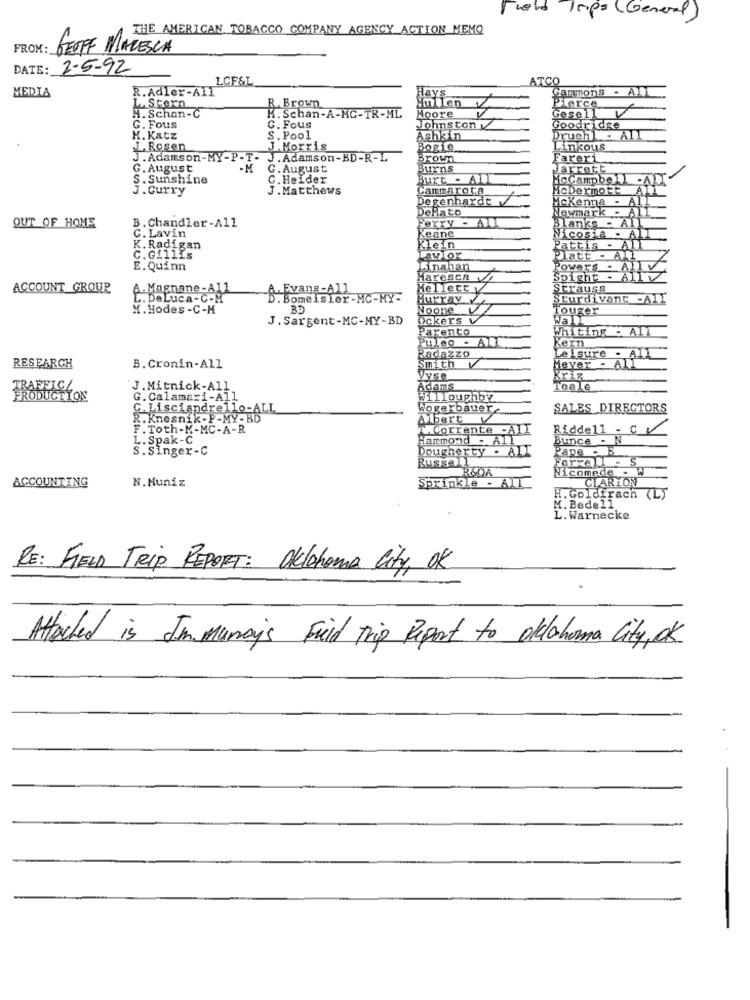
Field Trips (General)
THE AMERICAN TOBACCO COMPANY AGENCY ACTION MEMO
FROM:
GEOFF MARESCA
DATE: 2-5-92
LCF&L
ATCO
MEDIA
R.Adler-All
Gammons - All
L. Storn
R. Brown
Vullen
Pierce
Gesell
H. Schan-C
H. Schan-A-MC-TR-ML
Moore
G. Fous
G. Fous
Johnston
Goodridge
H. Katz
S. Pool
Ashkin
Druch1 - All
J. Rosen
J.Morris
Bogie
Linkous
J. Adamson-MY-P-T - J. Adamson-BD-R-L
Brown
Pareri
G. August
-M G. August
Burns
Jarrett
S. Sunshine
C. Heider
Burt - AB
MCCampbell
J. Curry
J . Matthews
Cammarota
McDermott
AL
Degenhardt
DeMato
Newmark - All
Mckenna - ALL
B. Chandler-All
Ferry - ALL
OUT OF HOME
Keene
Blanks-
AI
C. Lavin
Nicosia . AII
K. Radigan
Klein
Pattis - All
C.Gillis
LawTor
Platt - All
E. Quinn
Linahan
Powers - Al
Maresca
Spight - All
ACCOUNT GROUP
A . Magnane-Al
A Evang-All
fellett y
Strauss
. DeLuca-C-M
meISLer -MC-MY=
uprav
Sturdivant -All
M.Hodes -C-M
BD
Noone VZ
Touger
J. Sargent-MC-MY-BD
Ockers
Wall
Parento
Whiting - All
Puleo
AL
Kern
Radazzo
leisure - All
RESEARCH
B. Cronin-All
Smith v
Meyer - All
Vyse
Kriz
J. Mitnick-All
Adams
Toale
RODUCTION
G. Calamari-All
Willoughby
C. Lisciandrello-ALL
Wogerbauer
SALES DIRECTORS
R. Knesnik-P-MY-BD
Albert v
F. Toth-M-MC-A-R
T. Corrente -All
Riddell - CV
L. Spak-C
Harmond - All
Bunce - N
S. Singer-C
Dougherty . ALL
Pape -
Russa
Ferrell - S
ACCOUNTING
N. Muniz
Sprinkle -
Nicomede -
CLARION
H. Goldfrach (L)
M. Bedell
L. Warnecke
RE: FIELD Trip REPORT: Oklahoma City, OK
Attached is Immunay's Fuld Trip Report to oldahorma City, OK